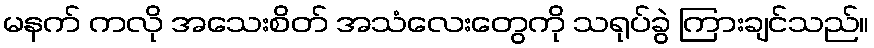
မနက် ကလို အသေးစိတ် အသံလေးတွေကို သရုပ်ခွဲ ကြားချင်သည်။